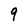
Character: 9